Vital statistics of India. Vol. VI, European troops 1870-79
Year: 1870
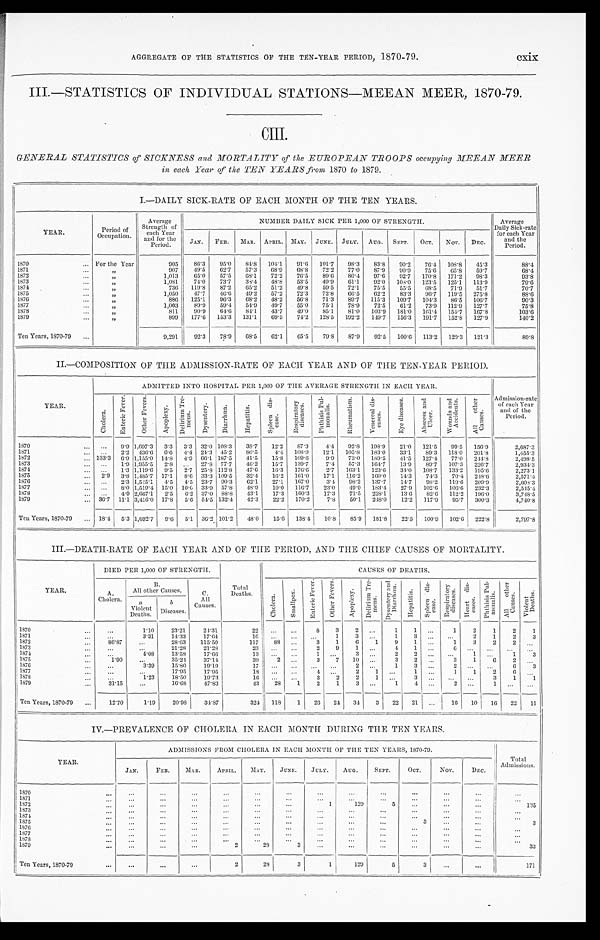
AGGREGATE OF THE STATISTICS OF THE TEN-YEAR PERIOD, 1870-79.
cxix
III.—STATISTICS OF INDIVIDUAL STATIONS—MEEAN MEER, 1870-79.
CIII.
GENERAL STATISTICS of SICKNESS and MORTALITY of the EUROPEAN TROOPS occupying MEEAN MEE R
in each Year of the TEN YEARS from 1870 to 1879.
I.—DAILY SICK-RATE OF EACH MONTH OF THE TEN YEARS.
YEAR.
Period of
Occupation.
Average
Strength of
each Year
and for the
Period.
NUMBER DAILY SICK PER 1,000 OF STRENGTH.
Average
Daily Sick-rate
for each Year
the
Peri od.
JAN.
F E B . MAR. APRIL. MAY. JUNE. JULY. AUG. SEPT. OCT. Nov. DEc•
1870
For the Year
905 86.3 95.0 84.8 104.1 91.6 101.7 98.3 83.8 90.2 76.4 108.8 45.3
88.4
1871
907 49.5 62.7 57.3 68.9
6 8 . 8 72.2 77.0 87.9 90.9 75.6 65.8 59.7
68.4
1872
„
1,013 65.0 57.5 68.1 72.2 76.5 89.6 80.4 97.6 92.7 170.8 171.2 98.3
93.8
1873
1,081 74.0 73.7 33.4 48.8 53.5 49.9 61.1 92.0 108.0 123.5 125.1 113.9
79.6
1874
„
736 119.8 87.2 65.2 51.2 49.8 59.5 72.1 75.5 55.5 68.5 71.9 51.7
70.7
1875
„
1,050 47.7 46.6 49.2 57.2 72.3 72.8 66.5 62.2 83.3 96.7 119.5 275.8
88.6
1876
„
886 125.1 96.3 68.2 48.2 56.8 71.3 89.7 115.3 109.7 104.3 86.5 106.7
90.3
1877
„
1,003 89.9 59.4 54.9 49.7 55.0 75.1 78.9 72.5 61.2 73.9 112.9 127.7
75.8
1878
„
811 90.9 64.6 84.1 43.7 49.0 85.1 81.0 103.9 181.0 161.4 154.7 167.8
103.6
1879
„
899 177.6 153.3 131.1 69.5 74.2 128.5 102.2 149.7 156.3 101.7 152.8 127.9
140.2
Ten Years, 1870-79
9,291 92.3 78.9 68.5 62.1 65.5 79.8 87.9 92.5 100.6 113.2 129.3 121.3
89.8
II.—COMPOSITION OF THE ADMISSION-RATE OF EACH YEAR AND OF THE TEN-YEAR PERIOD.
YEAR.
ADMITTED INTO HOSPITAL PER 1,000 OF THE AVERAGE STRENGTH IN EACH YEAR.
Admission-rate of each Year
and of the
Period.
C h o l e r a .
E n t e r i c F e v e r . O t h e r F e v e r s .
A p o p l e x y ,
D e l r i u m T r e - m e n s . D y s e n t a r y .
D i a r r h œ a .
H e p a t i t i s . S p l e e n d i s - e a s e .
R e s p i r a t o r y d i s e a s e s .
P h t h i s i s P u l - m o n a l s .
R h e u m a t i s m . V e n e r a l d i s - e a s e s .
E y e d i s e a s e s .
A b s e e s s
a n d Ul c e r .
W o u n d s a n d A c c i d e n t s . A l l o t h e r C a u s e s .
1870
9. 9 1,697.3 3.3 3. 3 32.0 108. 3 38.7 12. 2 87. 3 4.4 92.8 198.9 21.0 121.5 99.5 156.9
2, 687. 3
1871
2.2 436.6 6.6 4. 4 24.3 45. 2 80.5 4. 4 108. 0 12.1 105.8 183.0 33.1 89.3 118.0 201.8
1, 4. 55. 3
1872
133.3 6 . 0 1,155.0 14.8 4. 9 66.1 187. 5 41.5 15. 8 109. 6 9.9 73.0 189.5 41.5 127.4 77.0 244.8
2, 498. 5
1873
1.9 1,955.5 2.8
27.8 77. 7 46.2 15. 7 139. 7 7.4 57.3 164.7 13.9 89.7 107.3 226.7
2, 934. 3
1874
1.3 1,119.6 9.5 2. 7 25.8 112. 8 47.6 16. 3 176. 6 2.7 163.1 123.6 34.0 108.7 133.2 195.6
2,273.1
1875
2.9 3.8 1,485' 7 17.1 8. 6 33.3 109. 5 32.4 16. 2 161. 0 17.1 116.2 160.0 14.3 74.3 70.4 248.6
2, 571. 4
1876
2.3 1,545.1 4.5 4. 5 23.7 90. 3 62.1 27.1 167. 0 3.4 98.2 137.7 14.7 98.2 119.6 209.9
2, 608. 3
1877
8.0 1,519.4 15.0 10. 6 33.9 57. 8
48. 9 10. 0 116. 7 23.0 49.9 183.4 27.9 102.6 106.6 232.3
2, 515. 4
1878
4.9 2,667.1 2.5 6. 2 37.0 88. 8 43.1 17. 3 160. 3 17.3 71.5 228.1 13.6 82.6 112.2 196.0
3, 748. 5
1879
36.7 11.1 3,416.0 17.8 5. 6 54.5 132. 4 42.3 22. 2 170. 2 7.8 50.1 248.0 12.2 117.9 95.7 300.3
4, 740. 8
Ten Years, 1870-79
18.4 5.3 1,692.7 9.6 5. 1 36.2 101. 2 48.0 15. 6 138. 4 10.8 85.9 181.8 22.5 100.9 102.6 222.8
2, 797. 8
III.—DEATH-RATE OF EACH YEAR AND OF THE PERIOD, AND THE CHIEF CAUSES OF MORTALITY.
YEAR.
DIED PER 1,000 OF STRENGTH.
Total
Deaths.
CAUSES OF DEATHS.
A.
Cholera.
B.
All other Causes.
a. Vi ol ent
Deat hs.
b Di s eas es .
C.
All
Causes.
C h o l e r a . S m a l l p o x . E n t r i c F e v e r . O t h e r F e v e r s . A p o p l e x y .
D e l i r i u m T r e - m e n s .
D y s e n t a r y a n d D i a r r h œ a .
H e p a t i t i s .
S p l e e n d i s - e a s e .
R e s p i r a t o r y d i s e a s e s .
H e a r t d i s - e a s e s .
P h y t h i s i s P u l m o n a l i s .
A l l o t h e r c a u s e s . V i o l e n t D e a t h s .
1870
1.10 23.21 24.31
2 2
8 3 2
1 1
1 2 1 2 1
1871
3.31 14.33 17.64
16
1 3
2 1 2 3
1872
86.87
28.63 115.50
117 88
3 1 6 1 9 1
1 3 2 2
1873
21.28 21.28
2 9 1
4, 1
1
1874
4.08 13.59 17.66
1
3
1 3
1875
1.90
35.24 37.14
39 2
3 7 10
3 2
3 1 6 2
1876
3.39 15.80 19.19
17
1 3
2
6 3
1877
17.95 17.95
18
4
2 1
1
1 1 2 6
. .
1878
1.23 18.50 19.73
16
3 2 2 1
3
3 1 1
1879
31.15
16.68 47.83
43 28
2 1 3
1 4
1
Ten Years, 1870-79
12.70 1.19 20.98 34.87
324 118 1 26 24 34 3 22 21
16 10 16 22 11
IV.—PREVALENCE OF CHOLERA IN EACH MONTH DURING THE TEN YEARS.
YEAR.
ADMISSIONS FROM CHOLERA IN EACH MONTH OF THE TEN YEARS, 1870-79.
T o t a l A d m i s s i o n s .
JAN.
FEB. MAR.
A P R I L . MAY. JUNE. JULY. AUG. SEPT.
OCT. NOV. DEC.
1870 1871 1872
1 129
5
135
1873 1874 1875
3
3
1876 1877 1878 1879
2
28
3
33
Ten Years, 1870-70
2
28
3 1
129
5
3
171